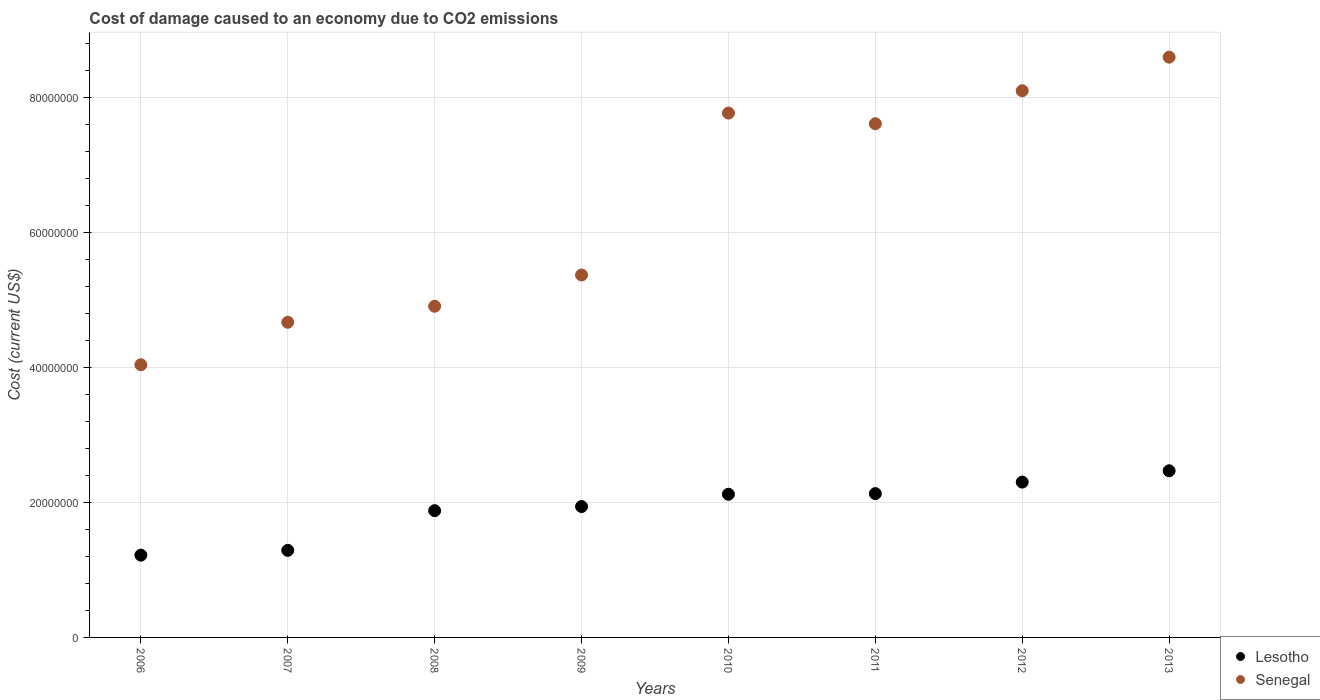
| Years | Lesotho | Senegal |
 | --- | --- | --- |
 | 2006 | 1.22e+07 | 4.04e+07 |
 | 2007 | 1.29e+07 | 4.67e+07 |
 | 2008 | 1.88e+07 | 4.91e+07 |
 | 2009 | 1.94e+07 | 5.37e+07 |
 | 2010 | 2.12e+07 | 7.77e+07 |
 | 2011 | 2.13e+07 | 7.62e+07 |
 | 2012 | 2.3e+07 | 8.11e+07 |
 | 2013 | 2.47e+07 | 8.6e+07 |